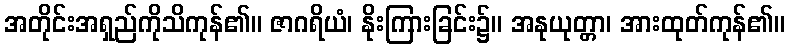
အတိုင်းအရှည်ကိုသိကုန်၏။ ဇာဂရိယံ၊ နိုးကြားခြင်း၌။ အနုယုတ္တာ၊ အားထုတ်ကုန်၏။